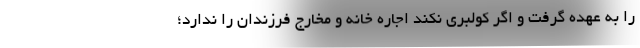
را به عهده گرفت و اگر كولبري نكند اجاره خانه و مخارج فرزندان را ندارد؛